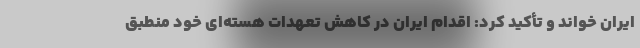
ایران خواند و تأکید کرد: اقدام ایران در کاهش تعهدات هسته‌ای خود منطبق